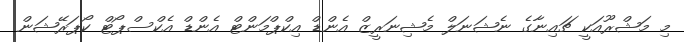
މި މަޝްރޫއަކީ ޗައިނާގެ ނެޝަނަލް މެޝިނަރީޒް އެންޑް އިކްޕްމަންޓް އެންޑް އެކްސްޕޯޓް ކޯޕަރޭޝަން